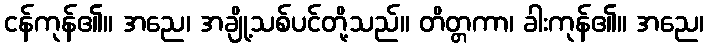
ငန်ကုန်၏။ အညေ၊ အချို့သစ်ပင်တို့သည်။ တိတ္တကာ၊ ခါးကုန်၏။ အညေ၊